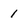
Character: 1